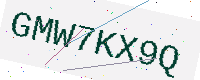
Text: GMW7KX9Q